Tezpur Lunatic Asylum reports 1877-1894 - 1877-1894
Year: 1877
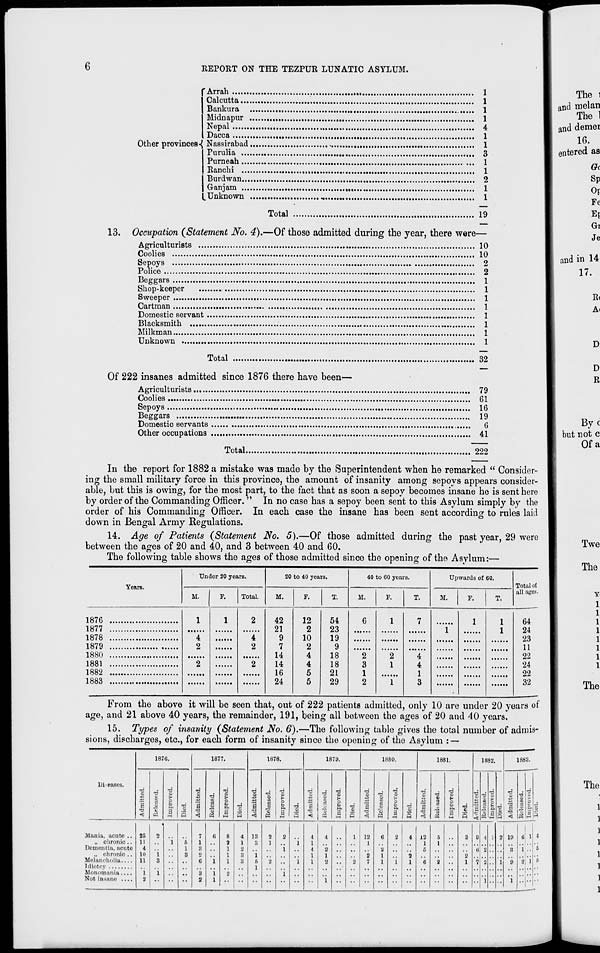
EEPORT ON THE TEZPUR LUNATIC ASYLUM.
'Arrah
1
Calcutta
1
Bankura
1
Midnapur
1
Nepal
4
Dacca
1
Other provinces-^ Nassirabad
,
,
1
Purulia
3
Purneah
1
Ranchi
1
Burdwan
2
Ganjam
1
.Unknown
1
Total
19
13. Occupation (Statement JSTo. 4).—Of those admitted during the year, there were—
Agriculturists
10
Coolies
10
Sepoys
2
Police
2
,
1
Beggars
Shop-keeper
Sweeper
Cartman
Domestic servant
Blacksmith
Milkman
Unknown
1
1
1
1
1
1
1
Total
32
Of 222 insanes admitted since 1876 there have been—
Agriculturists
79
Coolies
M
61
Sepoys
16
Beggars
19
Domestic servants
6
Other occupations
41
Total.
222
In the report for 1882 a mistake was made by the Superintendent when he remarked " Consider-
ing the small military force in this province, the amount of insanity among sepoys appears consider-
able, but this is owing, for the most part, to the fact that as soon a sepoy becomes insane he is sent here
by order of the Commanding Officer. " In no case has a sepoy been sent to this Asylum simply by the
order of his Commanding Officer. In each case the insane has been sent according to rules laid
down in Bengal Army Regulations.
14. Age of Patients (Statement No. 5).—Of those admitted during the past year, 29 were
between the ages of 20 and 40, and 3 between 40 and 60.
The following table shows the ages of those admitted since the opening of the Asylum:—
Years.
Under 20 years.
20 to 40 years.
40 to 60 years.
Upwards of 60.
Total of
M.
F.
Total.
M.
F.
T.
M.
F.
T.
M.
F.
T.
all ages.
1876
1
4
2
2
1
2
4
2
2
42
21
9
7
14
14
16
24
12
2
10
2
4
4
5
5
54
23
19
9
18
18
21
29
6
2
3
1
2
1
2
1
1
7
4
4
1
3
1
1
1
1
64
1877
1878
1880
24
23
11
22
1881
24
1882
22
1883
32
From the above it will be seen that, out of 222 patients admitted, only 10 are under 20 years of
age, and 21 above 40 years, the remainder, 191, being all between the ages of 20 and 40 years,
15. Types of insanity (Statement No. 6).—The following table gives the total number of admis-
sions, discharges, etc., for each form of insanity since the opening of the Asylum : —
1876.
1877.
1878.
187U.
18S0.
1881.
1882.
1883.
Dl» eases.
1
1 ■a
<
•6
T
&
■a
4)
g
I*
•a
3
•6
1
•6
a
"3
a
•a
a
o
c.
a 1
5
1
i
<
1
JV
M
•6
>
o
p.
S
d
3
S
<
V
1
9
E
2
P.
3
s
•d
a
<
•d
o3
o
■a
0
t»
2
a
a 2
d
1
■4
V 8
"3
X
•d a
>
p
z.
a ■8
S
•6
o
< ■A
— d
-
s
■d
' 1
■a
<
-i
■3
P
1
Mania, acute ..
„ chronic ..
Dementia, acute
„ chronic ..
MelaiK'holiu....
Monomania....
Not insane ....
25
11
4
10
11
1
8
2
i
3
1
i
1
3
7
1
JS
8
6
3
2
6
i
I
I
8
2
1
1
1
2
4
1
2
3
a
13
3
i
I
2
1
a
2
i
1
i
l
•1
1
4
1
1
4
2
1
2
1
1
2
12
1
2
7
6
2
1
1
2
i
4
i
I
12
1
5
6
5
1
2
3
2
1
9
7
4
1
2
2
1
10
8
y
l
6
1
1
1
4
6
b
The